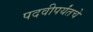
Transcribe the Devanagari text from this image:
पदवीपर्यंतचेे